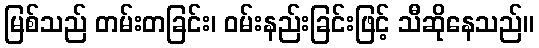
မြစ်သည် တမ်းတခြင်း၊ ဝမ်းနည်းခြင်းဖြင့် သီဆိုနေသည်။